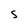
Character: S